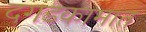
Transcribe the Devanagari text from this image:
दगडकामात